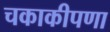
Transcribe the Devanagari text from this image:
चकाकीपणा